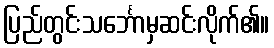
ပြည်တွင်းသင်္ဘောမှဆင်းလိုက်၏။